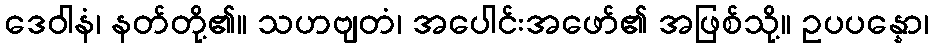
ဒေဝါနံ၊ နတ်တို့၏။ သဟဗျတံ၊ အပေါင်းအဖော်၏ အဖြစ်သို့။ ဥပပန္နော၊